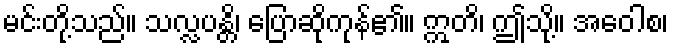
မင်းတို့သည်။ သလ္လပန္တိ၊ ပြောဆိုကုန်၏။ ဣတိ၊ ဤသို့။ အဝေါစ၊